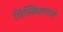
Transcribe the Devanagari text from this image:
मिस्किलपणे